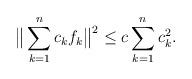
LaTeX: \begin{align*} \big\|\sum_{k=1}^n c_kf_k \big\|^2\le c\sum_{k=1}^nc_k^2 .\end{align*}